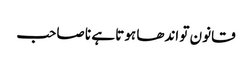
قانون تو اندھا ہوتا ہے نا صاحب